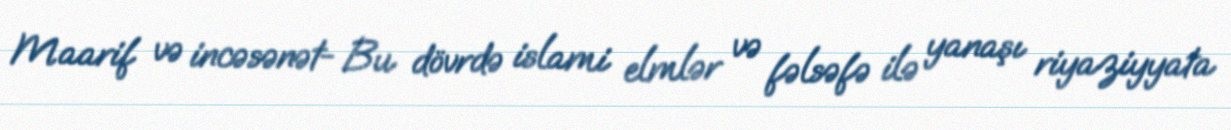
Maarif və incəsənət- Bu dövrdə islami elmlər və fəlsəfə ilə yanaşı riyaziyyata